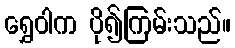
ရွှေဝါက ပို၍ကြမ်းသည်။